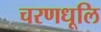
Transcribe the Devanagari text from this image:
चरणधूलि